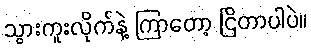
သွားကူးလိုက်နဲ့ ကြာတော့ ငြိတာပါပဲ။